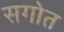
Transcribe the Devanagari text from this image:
सगोत